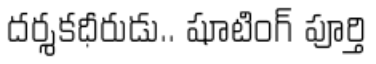
దర్శకధీరుడు.. షూటింగ్ పూర్తి